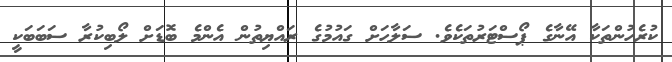
ކުރެހުންތަކާ އޭނާގެ ޕޯސްޓަރުތަކެވެ. ސަލާހަށް ގައުމުގެ ރައްޔިތުން އެންމެ ބޮޑަށް ލޯބިކުރާ ސަބަބަކީ